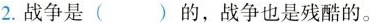
2.战争是( )的，战争也是残酷的。